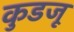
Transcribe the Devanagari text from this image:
कुडजू